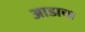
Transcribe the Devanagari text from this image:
आडाचा